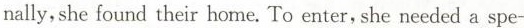
nally, she found their home. To enter, she needed a spe-